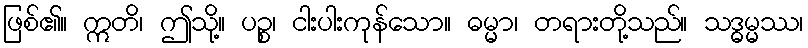
ဖြစ်၏။ ဣတိ၊ ဤသို့။ ပဉ္စ၊ ငါးပါးကုန်သော။ ဓမ္မာ၊ တရားတို့သည်။ သဒ္ဓမ္မဿ၊